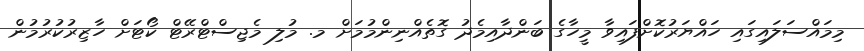
މިމައްސަލައިގައި ހައްޔަރުކޮށްފައިވާ މީހާގެ ބަންދާއިމެދު ގޮތެއްނިންމުމަށް މ. މުލި މެޖިސްޓްރޭޓް ކޯޓަށް ހާޒިރުކުރުމުން